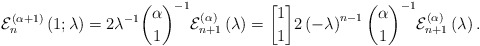
\begin{align*}\mathcal{E}_{n}^{\left( \alpha+1\right) }\left( 1;\lambda\right)=2\lambda^{-1}\binom{\alpha}{1}^{-1}\mathcal{E}_{n+1}^{\left( \alpha\right)}\left( \lambda\right) =\genfrac{[}{]}{0pt}{}{1}{1}2\left( -\lambda\right) ^{n-1}\binom{\alpha}{1}^{-1}\mathcal{E}_{n+1}^{\left( \alpha\right) }\left( \lambda\right) . \end{align*}